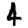
Digit: 4